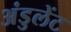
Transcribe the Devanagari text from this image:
अंडुलेंट